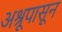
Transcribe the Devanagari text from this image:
अश्रूपासून